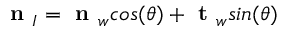
\textbf { n } _ { I } = \textbf { n } _ { w } c o s ( \theta ) + \textbf { t } _ { w } s i n ( \theta )